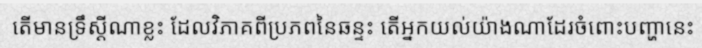
តើមានទ្រឹស្តីណាខ្លះ ដែលវិភាគពីប្រភពនៃឆន្ទះ តើអ្នកយល់យ៉ាងណាដែរចំពោះបញ្ហានេះ